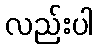
လည်းပါ